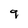
Character: 9